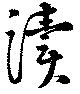
涜